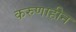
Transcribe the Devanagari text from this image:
करुणाहीन